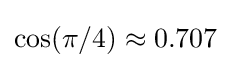
\cos(\pi /4)\approx 0.707